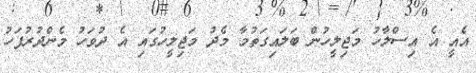
އެއީ އެ އިސްލާހު މަޖިލީހުން ބަލައިގަތުމާ މެދު މަޖިލީހުގައި އެ ދުވަހު މެންދުރުފަހު